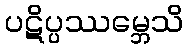
ပဋိပ္ပဿမ္ဘေသိ